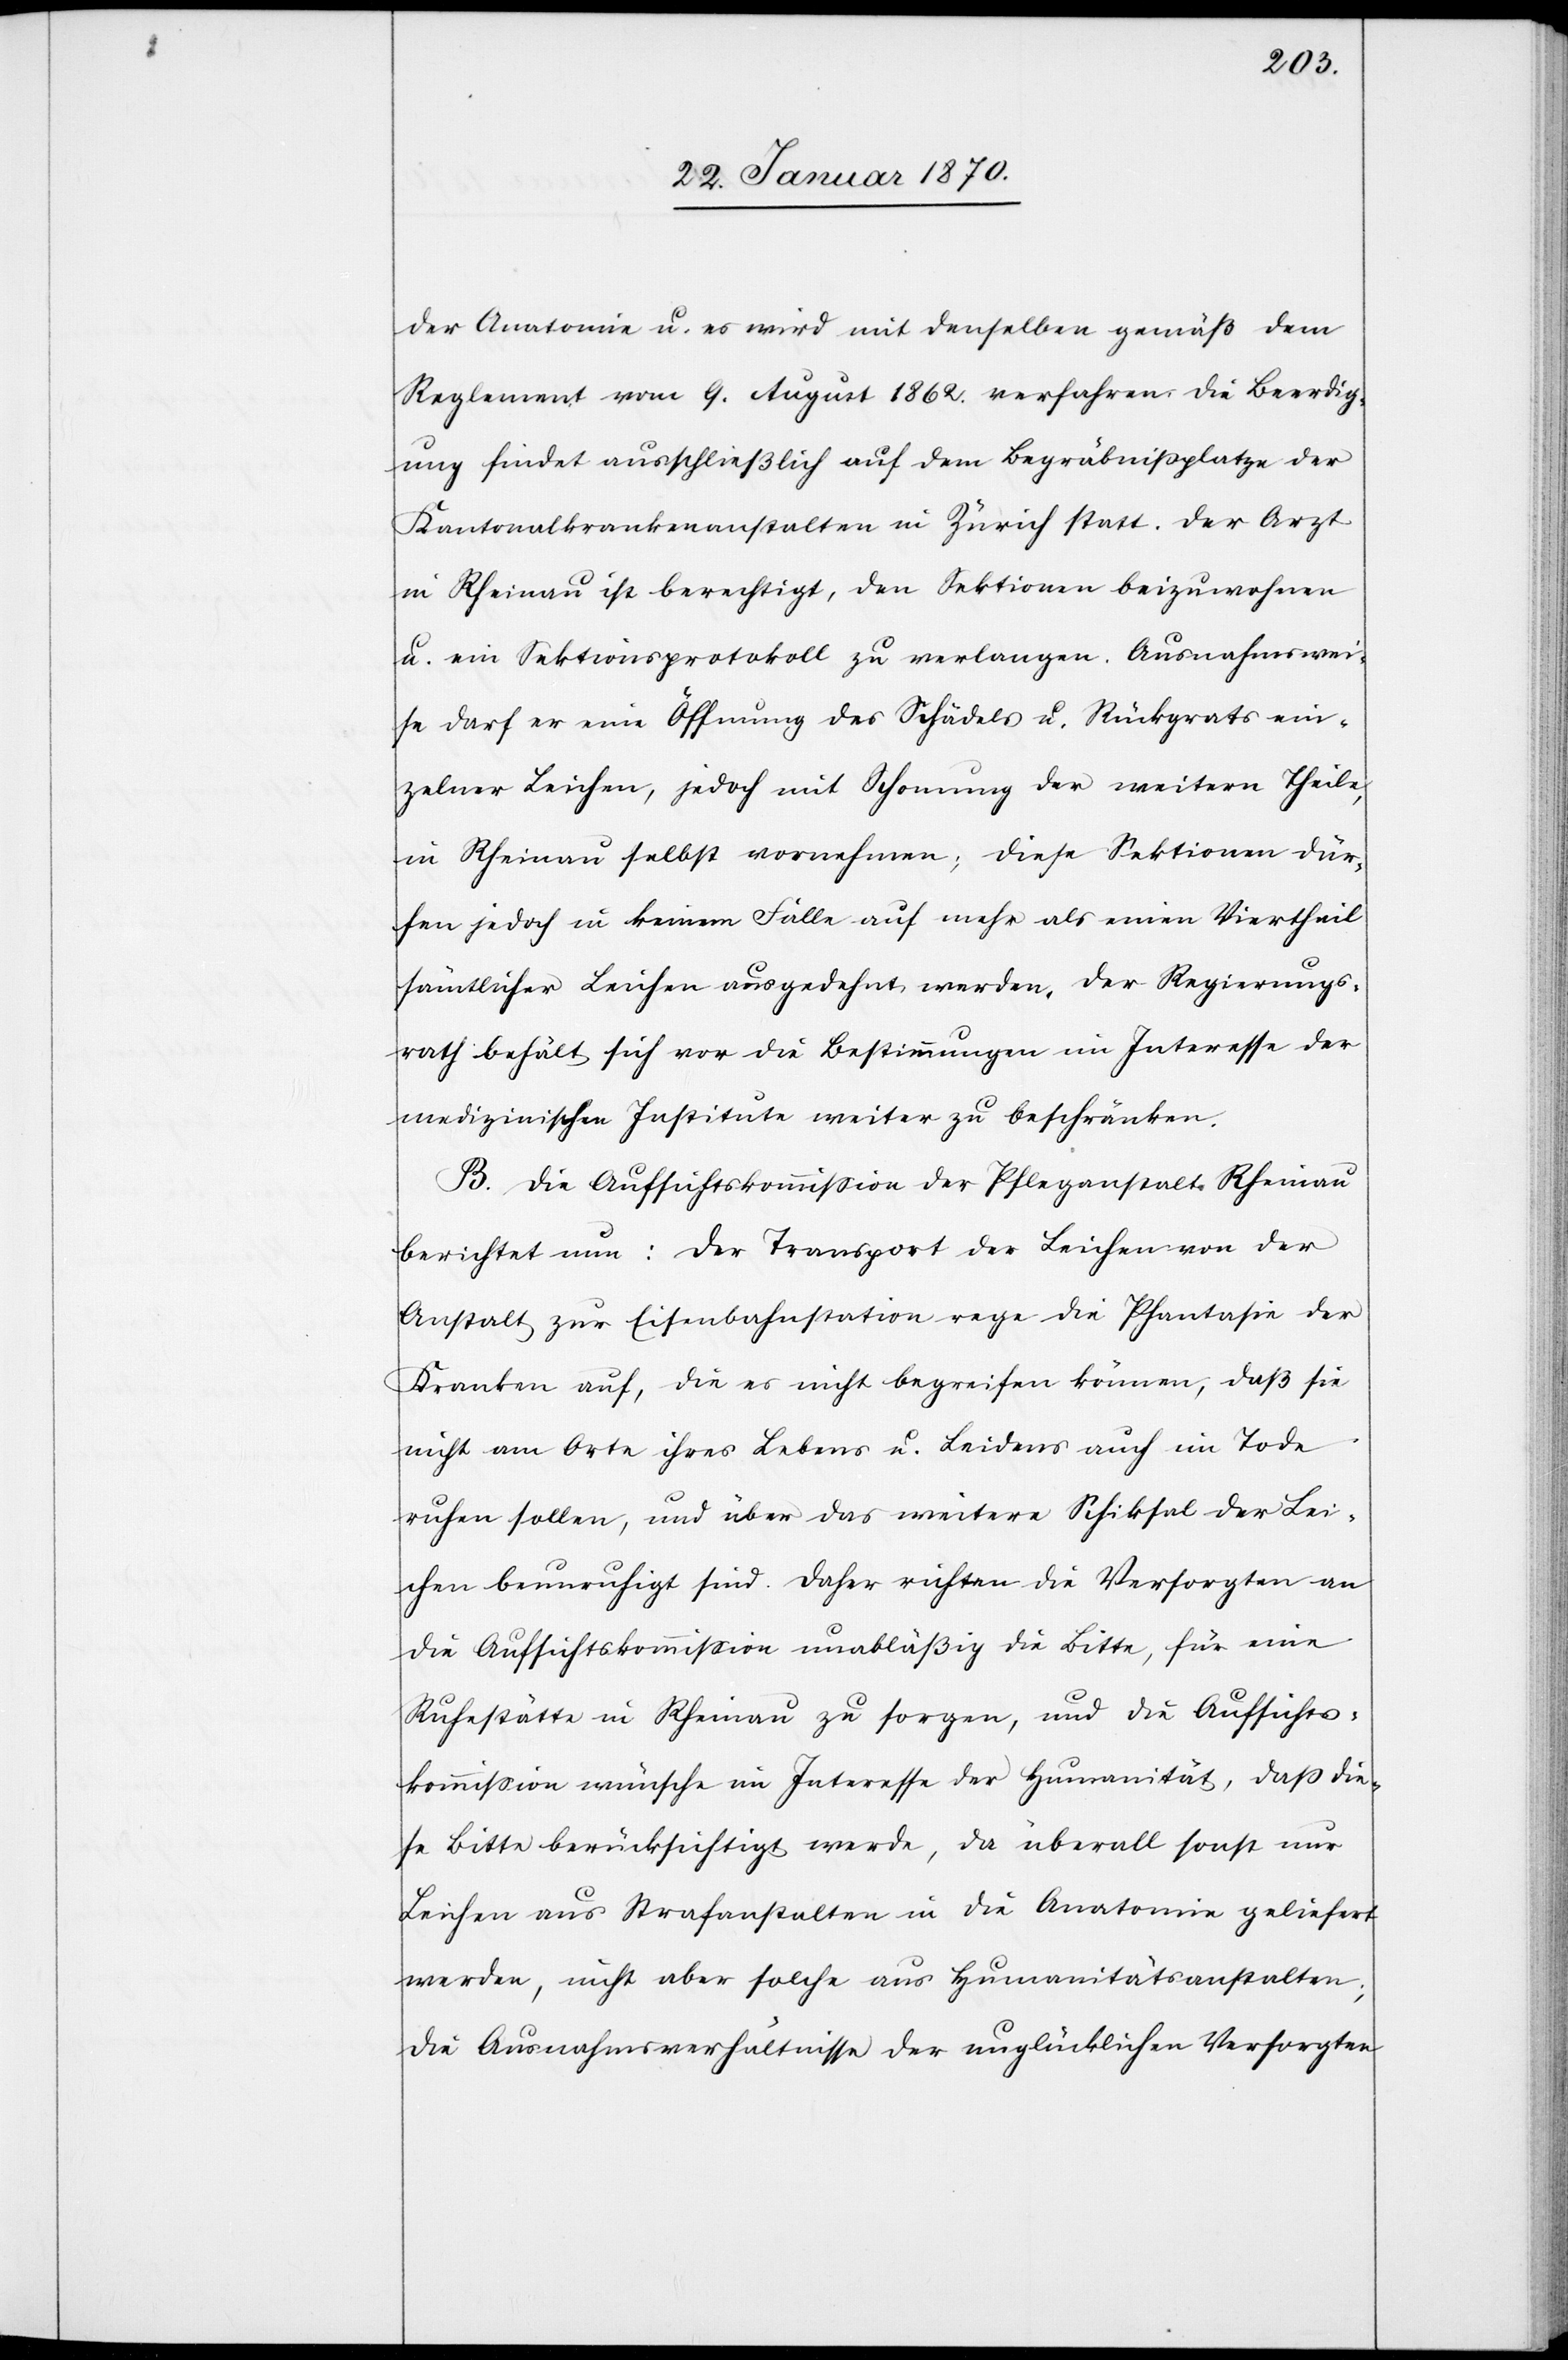
der Anatomie u. es wird mit denselben gemäß dem
Reglement vom 9. August 1862. verfahren. Die Beerdig¬
ung findet ausschließlich auf dem Begräbnißplatze der
Kantonalkrankenanstalten in Zürich statt. Der Arzt
in Rheinau ist berechtigt, den Sektionen beizuwohnen
u. ein Sektionsprotokoll zu verlangen. Ausnahmswei¬
se darf er eine Öffnung des Schädels u. Rückgrats ein¬
zelner Leichen, jedoch mit Schonung der weiteren Theile,
in Rheinau selbst vornehmen; diese Sektionen dür¬
fen jedoch in keinem Falle auf mehr als einen Viertheil
sämtlicher Leichen ausgedehnt werden. Der Regierungs¬
rath behält sich vor die Bestimmungen im Interesse der
medizinischen Institute weiter zu beschränken.
B. Die Aufsichtskommission der Pfleganstalt Rheinau
berichtet nun: Der Transport der Leichen von der
Anstalt zur Eisenbahnstation rege die Phantasie der
Kranken auf, die es nicht begreifen können, daß sie
nicht am Orte ihres Lebens u. Leidens auch im Tode
ruhen sollen, und über das weitere Schiksal der Lei¬
chen beunruhigt sind. Daher richten die Versorgten an
die Aufsichtskommission unabläßig die Bitte, für eine
Ruhestätte in Rheinau zu sorgen, und die Aufsichts¬
kommißion wünsche in Interesse der Humanität, daß die¬
se Bitte berücksichtigt werde, da überall sonst nur
Leichen aus Strafanstalten in die Anatomie geliefert
werden, nicht aber solche aus Humanitätsanstalten.
Die Ausnahmsverhältnisse der unglücklichen Versorgten